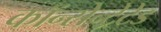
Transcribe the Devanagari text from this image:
कॉन्सेन्ट्रेटेड